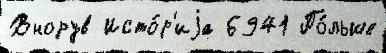
Внорув Исто́р'иjа 6941 По́льше